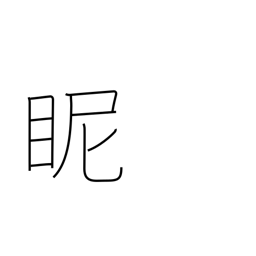
Meaning: gaze at